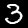
Digit: 3